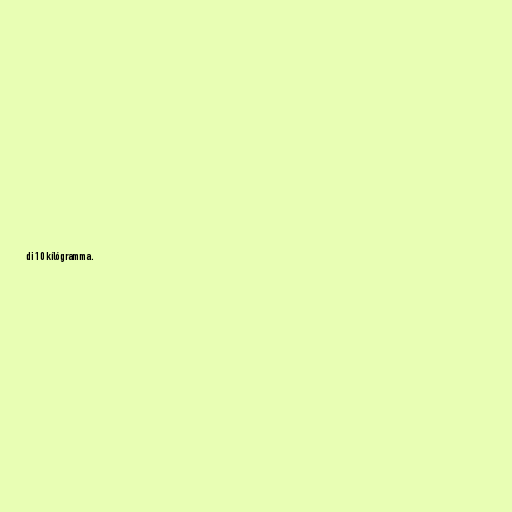
di 10 kílógramma.